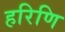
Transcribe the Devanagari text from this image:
हरिणि